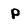
Character: p